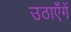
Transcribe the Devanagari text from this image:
उठाएँगें